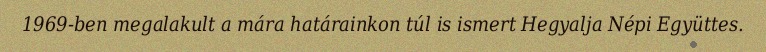
1969-ben megalakult a mára határainkon túl is ismert Hegyalja Népi Együttes.